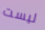
ليست